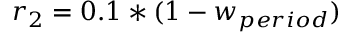
{ r _ { 2 } } = 0 . 1 * ( 1 - { w _ { p e r i o d } } )